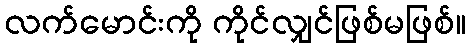
လက်မောင်းကို ကိုင်လျှင်ဖြစ်မဖြစ်။